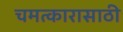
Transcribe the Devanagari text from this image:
चमत्कारासाठी